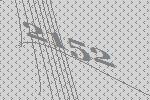
2152